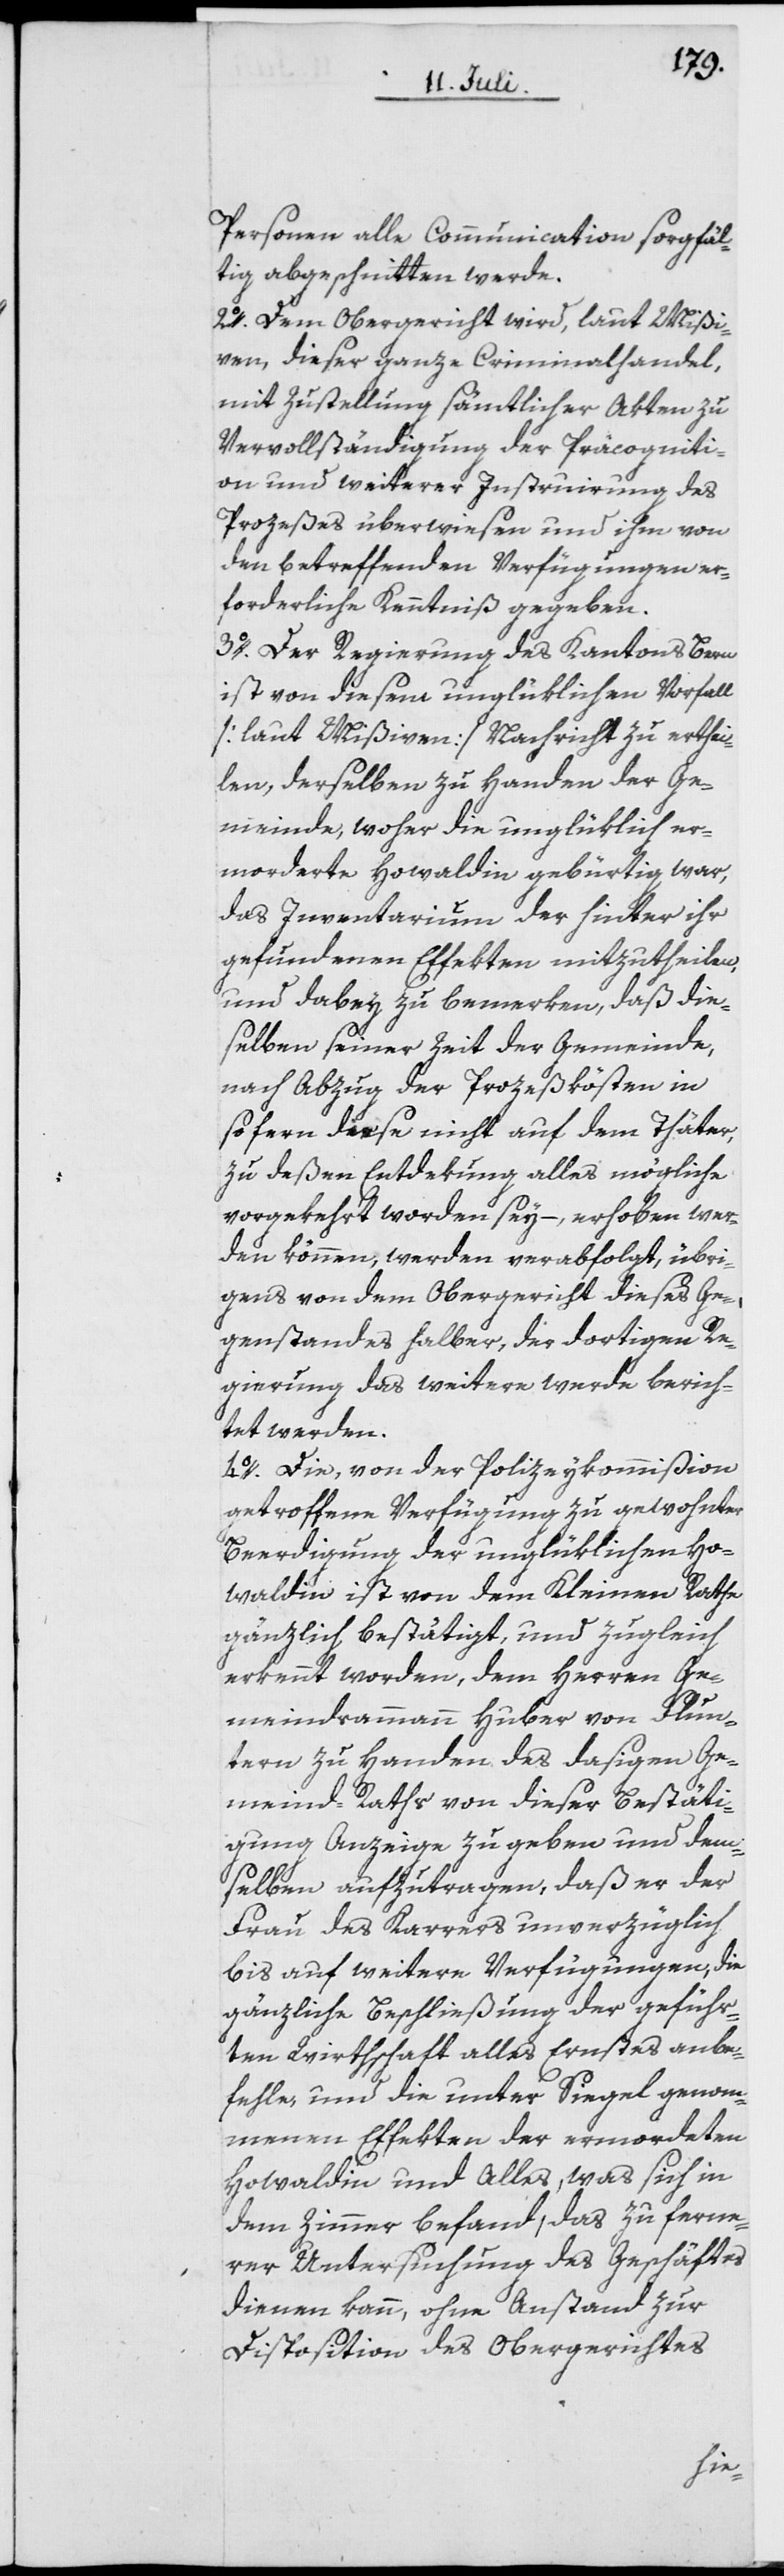
Personen alle Communication sorgfäl¬
tig abgeschnitten werde.
2o. Dem Obergericht wird, laut Mißi¬
ven, dieser ganze Criminalhandel,
mit Zustellung sämtlicher Akten zu
Vervollständigung der Präcogniti¬
on und weiterer Instruirung des
Prozeßes überwiesen und ihm von
den betreffenden Verfügungen er¬
forderliche Kenntniß gegeben.
3o. Der Regierung des Kantons Bern
ist von diesem unglüklichen Vorfall
[laut Mißiven] Nachricht zu erthei¬
len, derselben zu Handen der Ge¬
meinde, woher die unglüklich er¬
morderte Howaldin gebürtig war,
das Inventarium der hinter ihr
gefundenen Effekten mitzutheilen,
und dabey zu bemerken, daß die¬
selben seiner Zeit der Gemeinde,
nach Abzug der Prozeßkösten in
so fern diese nicht auf dem Thäter,
zu deßen Entdekung alles mögliche
vorgekehrt worden sey, – erhoben wer¬
den können, werden verabfolgt, übri¬
gens von dem Obergericht dieses Ge¬
genstandes halber, der dortigen Re¬
gierung des weitern werde berich¬
tet werden.
4o. Die, von der Polizeykommißion
getroffene Verfügung zu gewohnter
Beerdigung der unglüklichen Ho¬
waldin ist von dem Kleinen Rathe
gänzlich bestätigt, und zugleich
erkennt worden, dem Herren Ge¬
meindsammann Huber von Flun¬
tern zu Handen des dasigen Ge¬
meind-Raths von dieser Bestäti¬
gung Anzeige zu geben und dem¬
selben aufzutragen, daß er der
Frau des Karrers unverzüglich
bis auf weitere Verfügungen, die
gänzliche Beschließung der geführ¬
ten Wirthschaft alles Ernstes anbe¬
fehle, und die unter Siegel genom¬
menen Effekten der ermordeten
Howaldin und Alles, was sich in
dem Zimmer befand, das zu ferne¬
rer Untersuchung des Geschäftes
dienen kann, ohne Anstand zur
Disposition des Obergerichtes